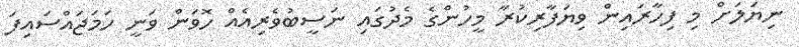
ނިޔަލަށް މި ފިހާރައިން ވިޔަފާރިކުރާ މީހުންގެ މެދުގައި ނަސީބުވެރިއެއް ހޮވަން ވަނީ ހަމަޖައްސައިފަ